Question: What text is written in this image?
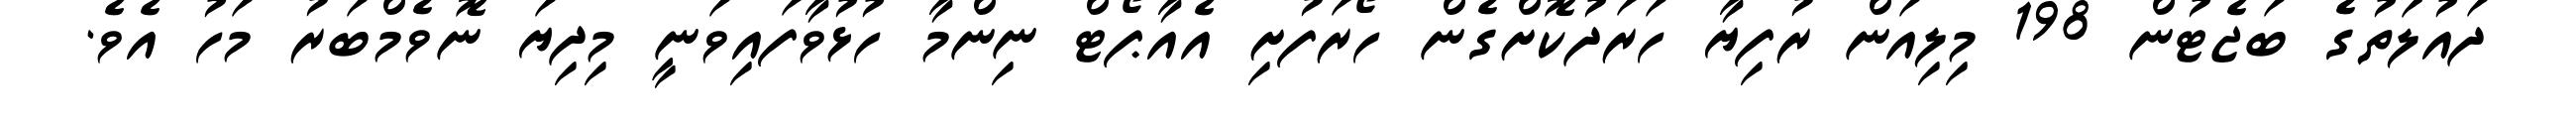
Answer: ދައުލަތުގެ ބަޖެޓުން 198 މިލިއަން ރުފިޔާ ހަރަދުކޮށްގެން ހޯރަފުށި އެއާޕޯޓް ނިންމާ ހުޅުވާފައިވަނީ މިދިޔަ ނޮވެމްބަރު މަހު އެވެ.